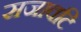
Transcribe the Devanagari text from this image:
सजावटि